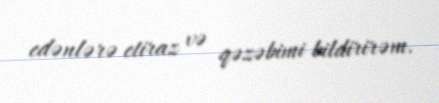
edənlərə etiraz və qəzəbimi bildirirəm.